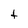
Character: t